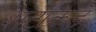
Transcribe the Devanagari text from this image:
शर्टाकडे